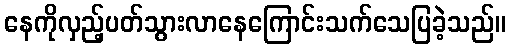
နေကိုလှည့်ပတ်သွားလာနေကြောင်းသက်သေပြခဲ့သည်။